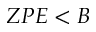
Z P E < B